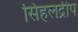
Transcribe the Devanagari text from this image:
सिंहलद्रीप